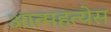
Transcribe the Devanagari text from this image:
आत्महत्येस